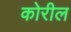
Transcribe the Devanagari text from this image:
कोरील